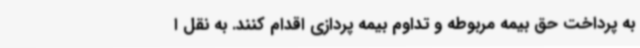
به پرداخت حق بیمه مربوطه و تداوم بیمه پردازی اقدام کنند. به نقل ا